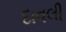
દાવલી